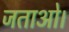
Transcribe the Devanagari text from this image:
जताओ।